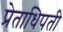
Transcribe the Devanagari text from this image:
प्रेताधिपती